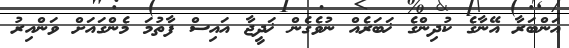
އަންބަރާ އޭނާގެ ކުދިންގެ ޚަބަރެއް ނުވެގެން ޚަދީޖާ އައިސް ފާތުމަ މެންގައަށް ވަންއިރު